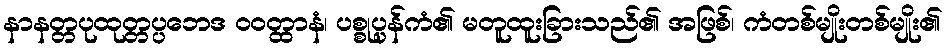
နာနတ္တပုထုတ္တပ္ပဘေဒ ဝဝတ္ထာနံ၊ ပစ္စုပ္ပန်ကံ၏ မတူထူးခြားသည်၏ အဖြစ်၊ ကံတစ်မျိုးတစ်မျိုး၏